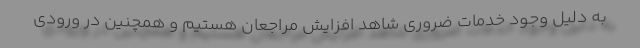
به دلیل وجود خدمات ضروری شاهد افزایش مراجعان هستیم و همچنین در ورودی